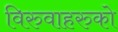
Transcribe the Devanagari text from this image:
विरुवाहरुको